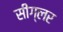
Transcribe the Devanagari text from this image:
सीग्लर